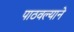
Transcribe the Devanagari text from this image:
पाठवल्याने